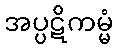
အပ္ပဋိကမ္မံ